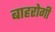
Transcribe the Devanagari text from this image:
बाहरोगी